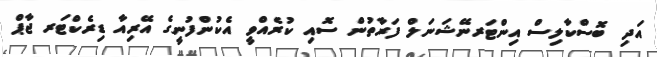
އަދި ބޮސްކާލިސް އިންޓަރނޭޝަނަލް ފަރާތުން ސޮއި ކުރެއްވީ އެކުންފުނީގެ އޭރިއާ ޑިރެކްޓަރ ޖާޕް